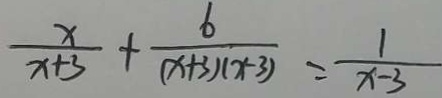
\frac { x } { x + 3 } + \frac { 6 } { ( x + 3 ) ( x - 3 ) } = \frac { 1 } { x - 3 }